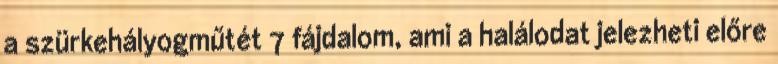
a szürkehályogműtét 7 fájdalom, ami a halálodat jelezheti előre